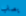
يصاب